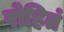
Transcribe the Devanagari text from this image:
रोहितं